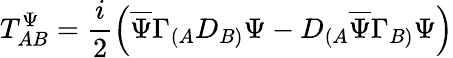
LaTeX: T_{AB}^{\Psi}=\frac{i}{2}\left(\overline{{\Psi}}\Gamma_{(A}D_{B)}\Psi-D_{(A}\overline{{\Psi}}\Gamma_{B)}\Psi\right)